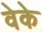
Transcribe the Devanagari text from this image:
वेके